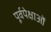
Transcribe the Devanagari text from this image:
पूर्वपेक्षाओं